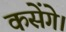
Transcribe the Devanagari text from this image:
कसेंगे।